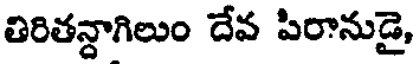
తిరితన్దాగిలుం దేవ పిరానుడై,